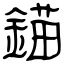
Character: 錨